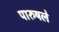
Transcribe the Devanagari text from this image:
पारुषले